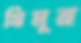
মিমুর